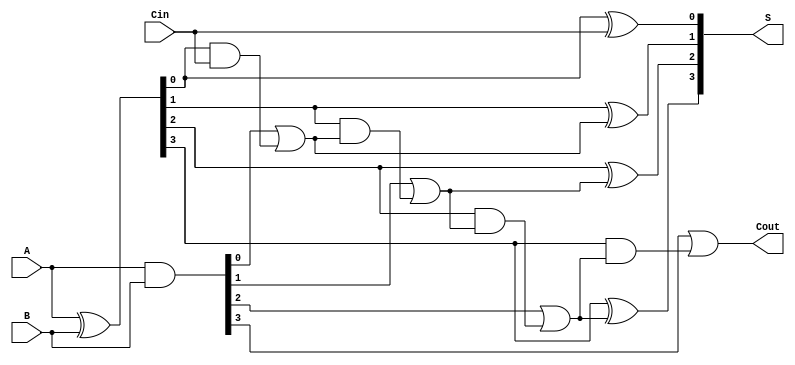
module SklanskyAdder #(parameter N = 4) (
    input  [N-1:0] A,      // Input A
    input  [N-1:0] B,      // Input B
    input         Cin,      // Carry-in
    output [N-1:0] S,      // Sum output
    output        Cout      // Carry-out
);

// Generate and Propagate signals
wire [N-1:0] G, P;
assign G = A & B;          // Generate
assign P = A ^ B;          // Propagate

// Carry signals
wire [N:0] C;             // Carry signals, C[0] is Cin
assign C[0] = Cin;        // Initial carry-in

// Generate carry signals using Sklansky carry tree
genvar i;
generate
    for (i = 0; i < N; i = i + 1) begin : carry_generation
        if (i == 0) begin
            assign C[1] = G[0] | (P[0] & C[0]);
        end else if (i == 1) begin
            assign C[2] = G[1] | (P[1] & C[1]);
        end else if (i == 2) begin
            assign C[3] = G[2] | (P[2] & C[2]);
        end else if (i == 3) begin
            assign C[4] = G[3] | (P[3] & C[3]);
        end
        // Extend as per the number of bits (N)
    end
endgenerate

// Sum calculation
generate
    for (i = 0; i < N; i = i + 1) begin : sum_calculation
        assign S[i] = P[i] ^ C[i];
    end
endgenerate

// Final carry-out
assign Cout = C[N];

endmodule